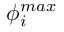
\phi _ { i } ^ { m a x }